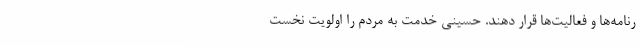
رنامه‌ها و فعالیت‌ها قرار دهند. حسینی خدمت به مردم را اولویت نخست